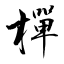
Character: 樿